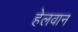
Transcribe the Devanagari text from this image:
हेलवान